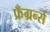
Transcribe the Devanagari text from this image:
फ्रँग्रर्न्स